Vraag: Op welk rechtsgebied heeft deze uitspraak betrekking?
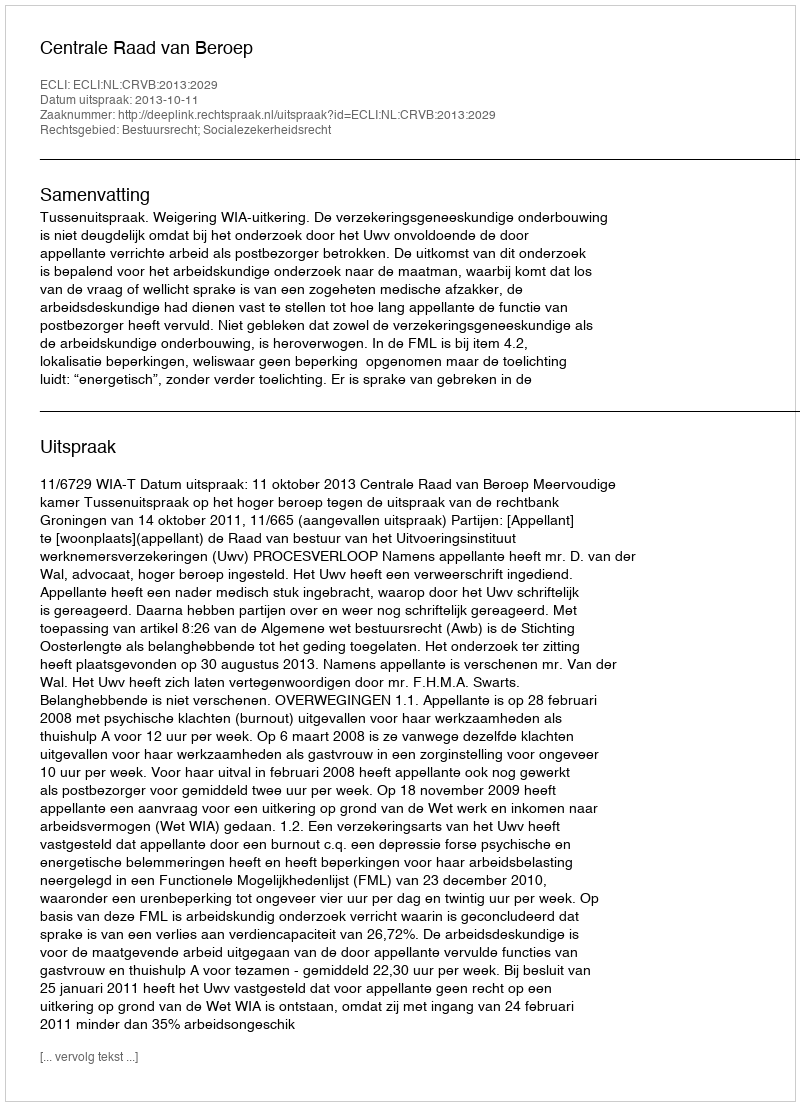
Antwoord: Bestuursrecht; Socialezekerheidsrecht